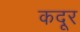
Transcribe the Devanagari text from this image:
कदूर